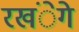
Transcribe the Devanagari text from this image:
रखंेगे